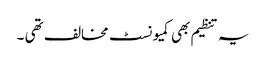
یہ تنظیم بھی کمیونسٹ مخالف تھی ۔